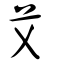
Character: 艾